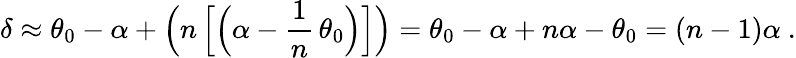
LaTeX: \delta\approx\theta_{0}-\alpha+{\Big(}n\, {\Big[}{\Big(}\alpha-{\frac{1}{n}}\, \theta_{0}{\Big)}{\Big]}{\Big)}=\theta_{0}-\alpha+n\alpha-\theta_{0}=(n-1)\alpha\ .